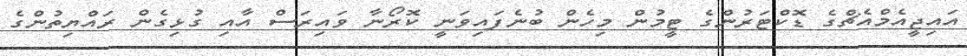
އައިޖީއެމްއެޗްގެ ޑޮކްޓަރުންގެ ޓީމުން މިހެން ބުނެފައިވަނީ ކޮރޯނާ ވައިރަސް އާއި ގުޅިގެން ރައްޔިތުންގެ